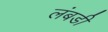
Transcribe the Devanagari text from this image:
लंबडी